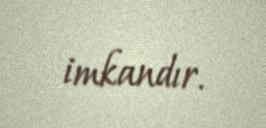
imkandır.